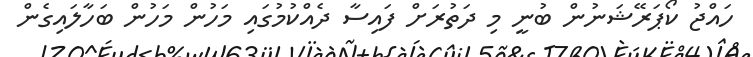
ހައްޖު ކޯޕަރޭޝަނުން ބުނީ މި ދަތުރަށް ފައިސާ ދެއްކުމުގައި މަހުން މަހުން ބަހާލައިގެން